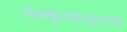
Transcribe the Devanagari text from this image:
संस्कृतप्राकृतमय